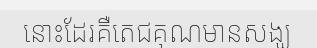
នោះដែរគឺតេជគុណមានសង្ឃ